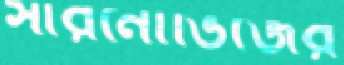
সারনোভিজের